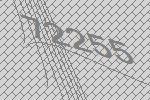
72255